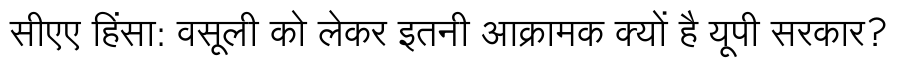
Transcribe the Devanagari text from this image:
सीएए हिंसा: वसूली को लेकर इतनी आक्रामक क्यों है यूपी सरकार?